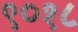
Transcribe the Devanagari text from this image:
९०१८